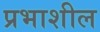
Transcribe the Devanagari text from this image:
प्रभाशील